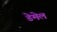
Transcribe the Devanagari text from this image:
डेमेल